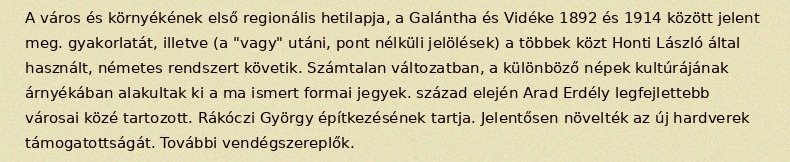
A város és környékének első regionális hetilapja, a Galántha és Vidéke 1892 és 1914 között jelent meg. gyakorlatát, illetve (a "vagy" utáni, pont nélküli jelölések) a többek közt Honti László által használt, németes rendszert követik. Számtalan változatban, a különböző népek kultúrájának árnyékában alakultak ki a ma ismert formai jegyek. század elején Arad Erdély legfejlettebb városai közé tartozott. Rákóczi György építkezésének tartja. Jelentősen növelték az új hardverek támogatottságát. További vendégszereplők.